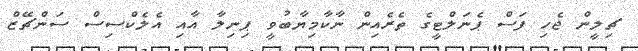
ޗިލީން ޖެހި ފަސް ޕެނަލްޓީގެ ތެރެއިން ނާކާމިޔާބުވީ ޕިނިލާ އާއި އެލެކްސިސް ސަންޗޭޒް